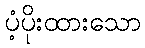
ပံ့ပိုးထားသော